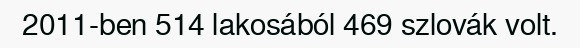
2011-ben 514 lakosából 469 szlovák volt.